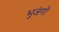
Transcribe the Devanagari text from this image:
भुजंगो